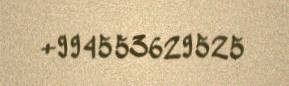
+994553629525